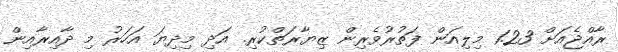
ރާއްޖެއަށް 1.23 މިލިއަން ފަތުރުވެރިން ޒިޔާރަތްކުރި. އަދި މިދިޔަ އަހަރު މި ދާއިރާއިން